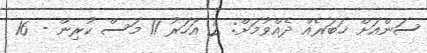
ސަންއަށް ޚަބަރެއް ދެއްވުމަށް: 2 އަހަރު 11 މަސް ކުރިން - 16